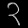
Digit: ၃